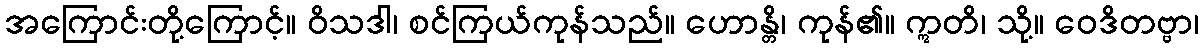
အကြောင်းတို့ကြောင့်။ ဝိသဒါ၊ စင်ကြယ်ကုန်သည်။ ဟောန္တိ၊ ကုန်၏။ ဣတိ၊ သို့။ ဝေဒိတဗ္ဗာ၊